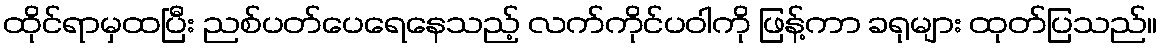
ထိုင်ရာမှထပြီး ညစ်ပတ်ပေရေနေသည့် လက်ကိုင်ပဝါကို ဖြန့်ကာ ခရုများ ထုတ်ပြသည်။